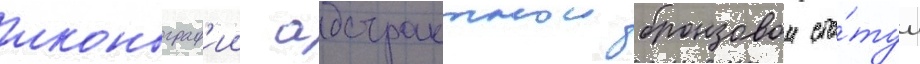
иконограф'ии абстрактнои бронзовои ста́туи